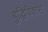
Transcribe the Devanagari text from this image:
बुद्धिविकास